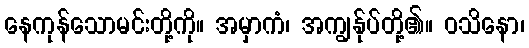
နေကုန်သောမင်းတို့ကို။ အမှာကံ၊ အကျွန်ုပ်တို့၏။ ဝသိနော၊